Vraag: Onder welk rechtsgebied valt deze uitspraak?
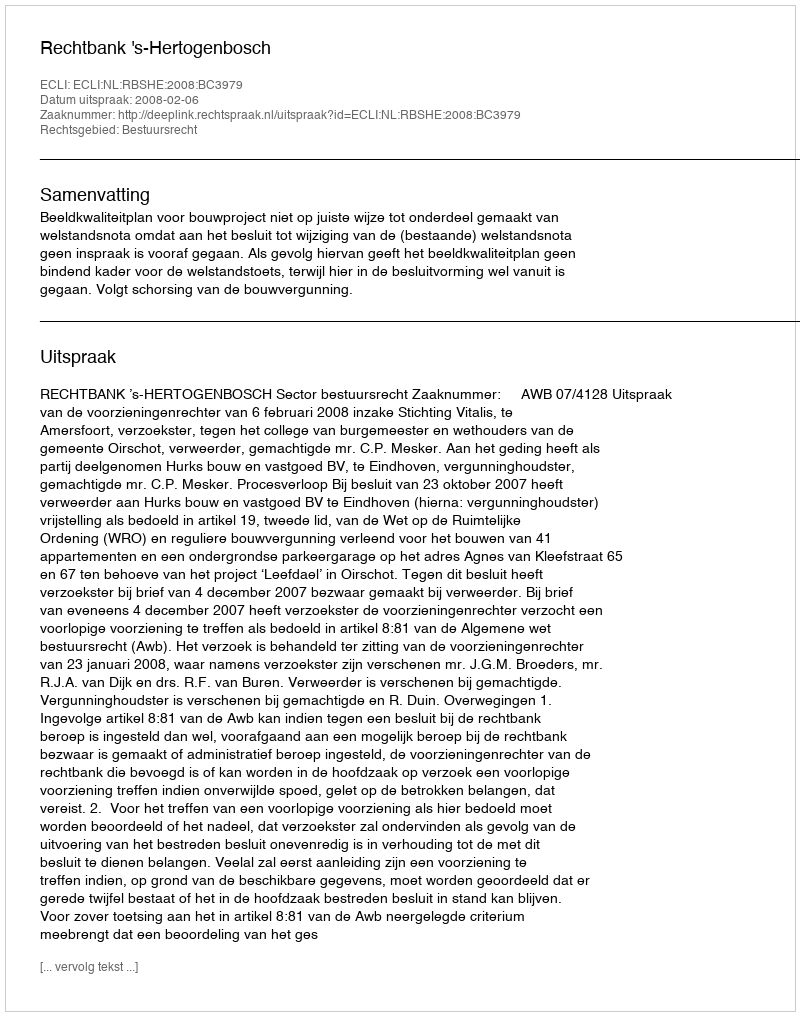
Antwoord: Bestuursrecht